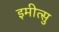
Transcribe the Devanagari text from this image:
इमीत्सु